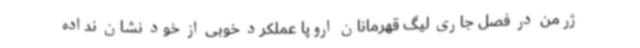
ژرمن در فصل جاری لیگ قهرمانان اروپا عملکرد خوبی از خود نشان نداده